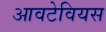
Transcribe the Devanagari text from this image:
आवटेवियस